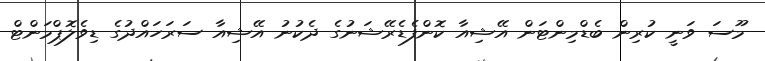
މޫސަ ވަނީ ކުރިން ބެޑްމިންޓަން އޭޝިއާ ކޮންފެޑެރޭޝަނުގެ ދެކުނު އޭޝިއާ ސަރަހައްދުގެ ޑިވެލޮޕްމަންޓް